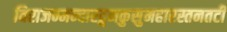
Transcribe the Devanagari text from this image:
विराजन्मन्दारद्रुमकुसुमहारस्तनतटी